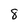
Character: 8